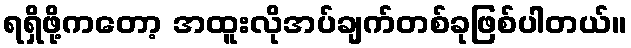
ရရှိဖို့ကတော့ အထူးလိုအပ်ချက်တစ်ခုဖြစ်ပါတယ်။